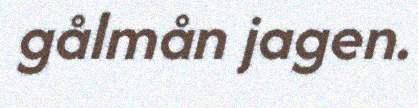
gålmån jagen.